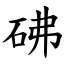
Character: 砩